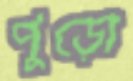
পুড়ো